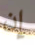
إن